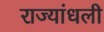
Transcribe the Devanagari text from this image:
राज्यांधली